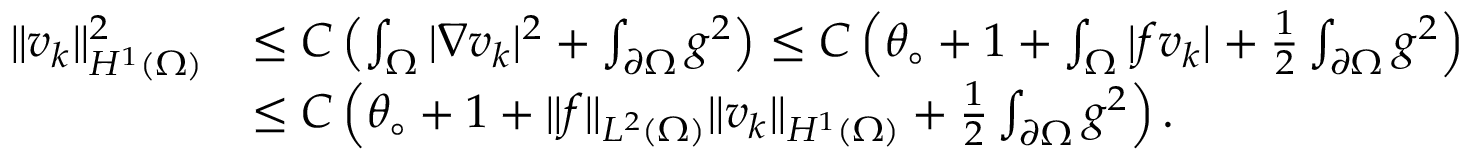
\begin{array} { r l } { \| v _ { k } \| _ { H ^ { 1 } ( \Omega ) } ^ { 2 } } & { \le C \left( \int _ { \Omega } | \nabla v _ { k } | ^ { 2 } + \int _ { \partial \Omega } g ^ { 2 } \right) \le C \left( \theta _ { \circ } + 1 + \int _ { \Omega } | f v _ { k } | + \frac 1 2 \int _ { \partial \Omega } g ^ { 2 } \right) } \\ & { \le C \left( \theta _ { \circ } + 1 + \| f \| _ { L ^ { 2 } ( \Omega ) } \| v _ { k } \| _ { H ^ { 1 } ( \Omega ) } + \frac 1 2 \int _ { \partial \Omega } g ^ { 2 } \right) . } \end{array}